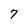
Character: 7